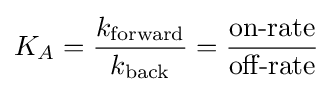
K_{A}={\frac {k_{\text{forward}}}{k_{\text{back}}}}={\frac {\mbox{on-rate}}{\mbox{off-rate}}}